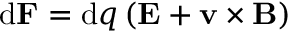
\mathrm { d } \mathbf { F } = \mathrm { d } q \left( \mathbf { E } + \mathbf { v } \times \mathbf { B } \right) \,